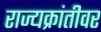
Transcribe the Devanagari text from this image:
राज्यक्रांतीवर